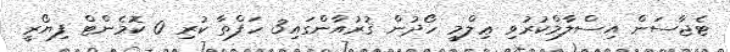
ޓެޖާސަން އިސްލާމްކުރުވި ޢިލްމީ ހޯދުން ޤުރުއާންގައި3 ހަފްތާ ކުރި 0 ކޮމެންޓް ފިޔޯރީ